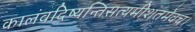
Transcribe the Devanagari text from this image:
कालंवदिष्यन्तिसत्यमीशंतमेवच।